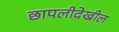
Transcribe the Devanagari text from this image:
छापलीदेखील